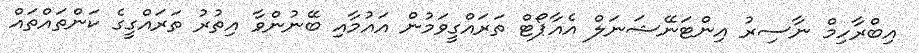
އިބްރާހިމް ނާސިރު އިންޓަނޭޝަނަލް އެއާޕޯޓް ތަރައްގީވަމުން އައުމާއި ބޭނުންވާ އިތުރު ތަރައްގީގެ ކަންތައްތައް